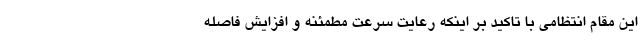
این مقام انتظامی با تاکید بر اینکه رعایت سرعت مطمئنه و افزایش فاصله